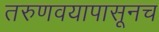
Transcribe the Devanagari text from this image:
तरुणवयापासूनच